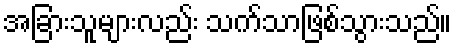
အခြားသူများလည်း သက်သာဖြစ်သွားသည်။